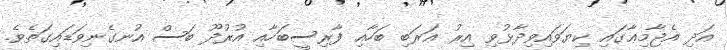
އަދި އެޖާމިޢާގައި ކިޔަވައިވިދާޅުވި އިރު ޢަރަބި ބަހާއި ފާރިސީބަހާއި އުރުދޫ ބަސް އުނގެނިވަޑައިގަތެވެ.